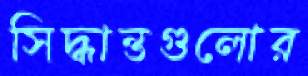
সিদ্ধান্তগুলোর